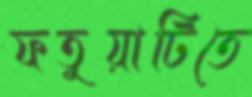
ফতুয়াটিতে